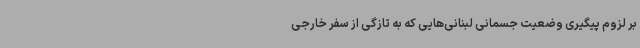
بر لزوم پیگیری وضعیت جسمانی لبنانی‌هایی که به تازگی از سفر خارجی